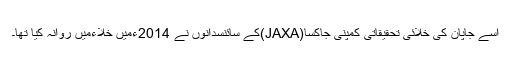
اسے جاپان کی خلائی تحقیقاتی کمپنی جاکسا(JAXA)کے سائنسدانوں نے 2014ءمیں خلاءمیں روانہ کیا تھا۔